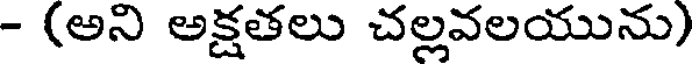
- (అని అక్షతలు చల్లవలయును)